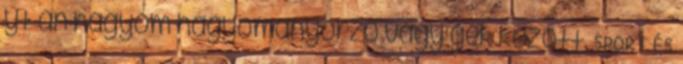
yt án hagyom hagyományőrző vagy gek között. SPORT ÉS